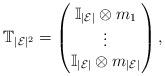
LaTeX: \begin{align*}\mathbb{T}_{|\mathcal{E}|^2}=\begin{pmatrix} \mathbb{I}_{|\mathcal{E}|}\otimes m_1\\\vdots\\ \mathbb{I}_{|\mathcal{E}|}\otimes m_{|\mathcal{E}|}\end{pmatrix},\end{align*}